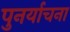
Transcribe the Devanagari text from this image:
पुनर्याचना